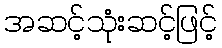
အဆင့်သုံးဆင့်ဖြင့်